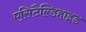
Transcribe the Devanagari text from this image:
एसिटैल्डिहाइड